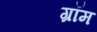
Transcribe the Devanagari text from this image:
ग्रॉम